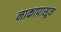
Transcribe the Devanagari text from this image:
नाकापासून